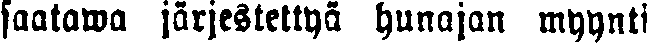
saatawa järjesteltyä hunajan myynti